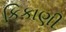
કિકાણી